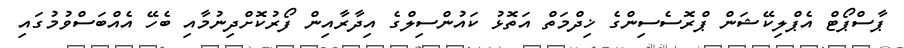
ޕާސްޕޯޓް އެޕްލިކޭޝަން ޕްރޮސެސިންގެ ޚިދްމަތް އަތޮޅު ކައުންސިލްގެ އިދާރާއިން ފޯރުކޮށްދިނުމާއި ބެހޭ އެއްބަސްވުމުގައި